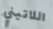
اللاتيني